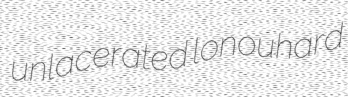
unlacerated lonouhard